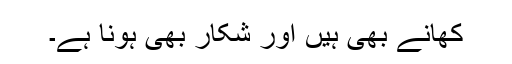
کھانے بھی ہیں اور شکار بھی ہونا ہے۔